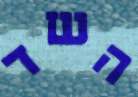
השד